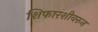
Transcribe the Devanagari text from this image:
शिफारशीवरुन